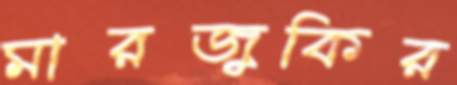
মারজুকির